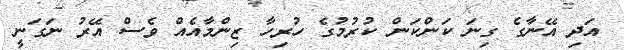
އަދި އޭނާގެ ގިނަ ކަންކަން ކުރުމުގެ ހުރިހާ ޒިންމާއެއް ވެސް އޭރު ނަގަނީ